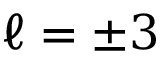
\ell = \pm 3